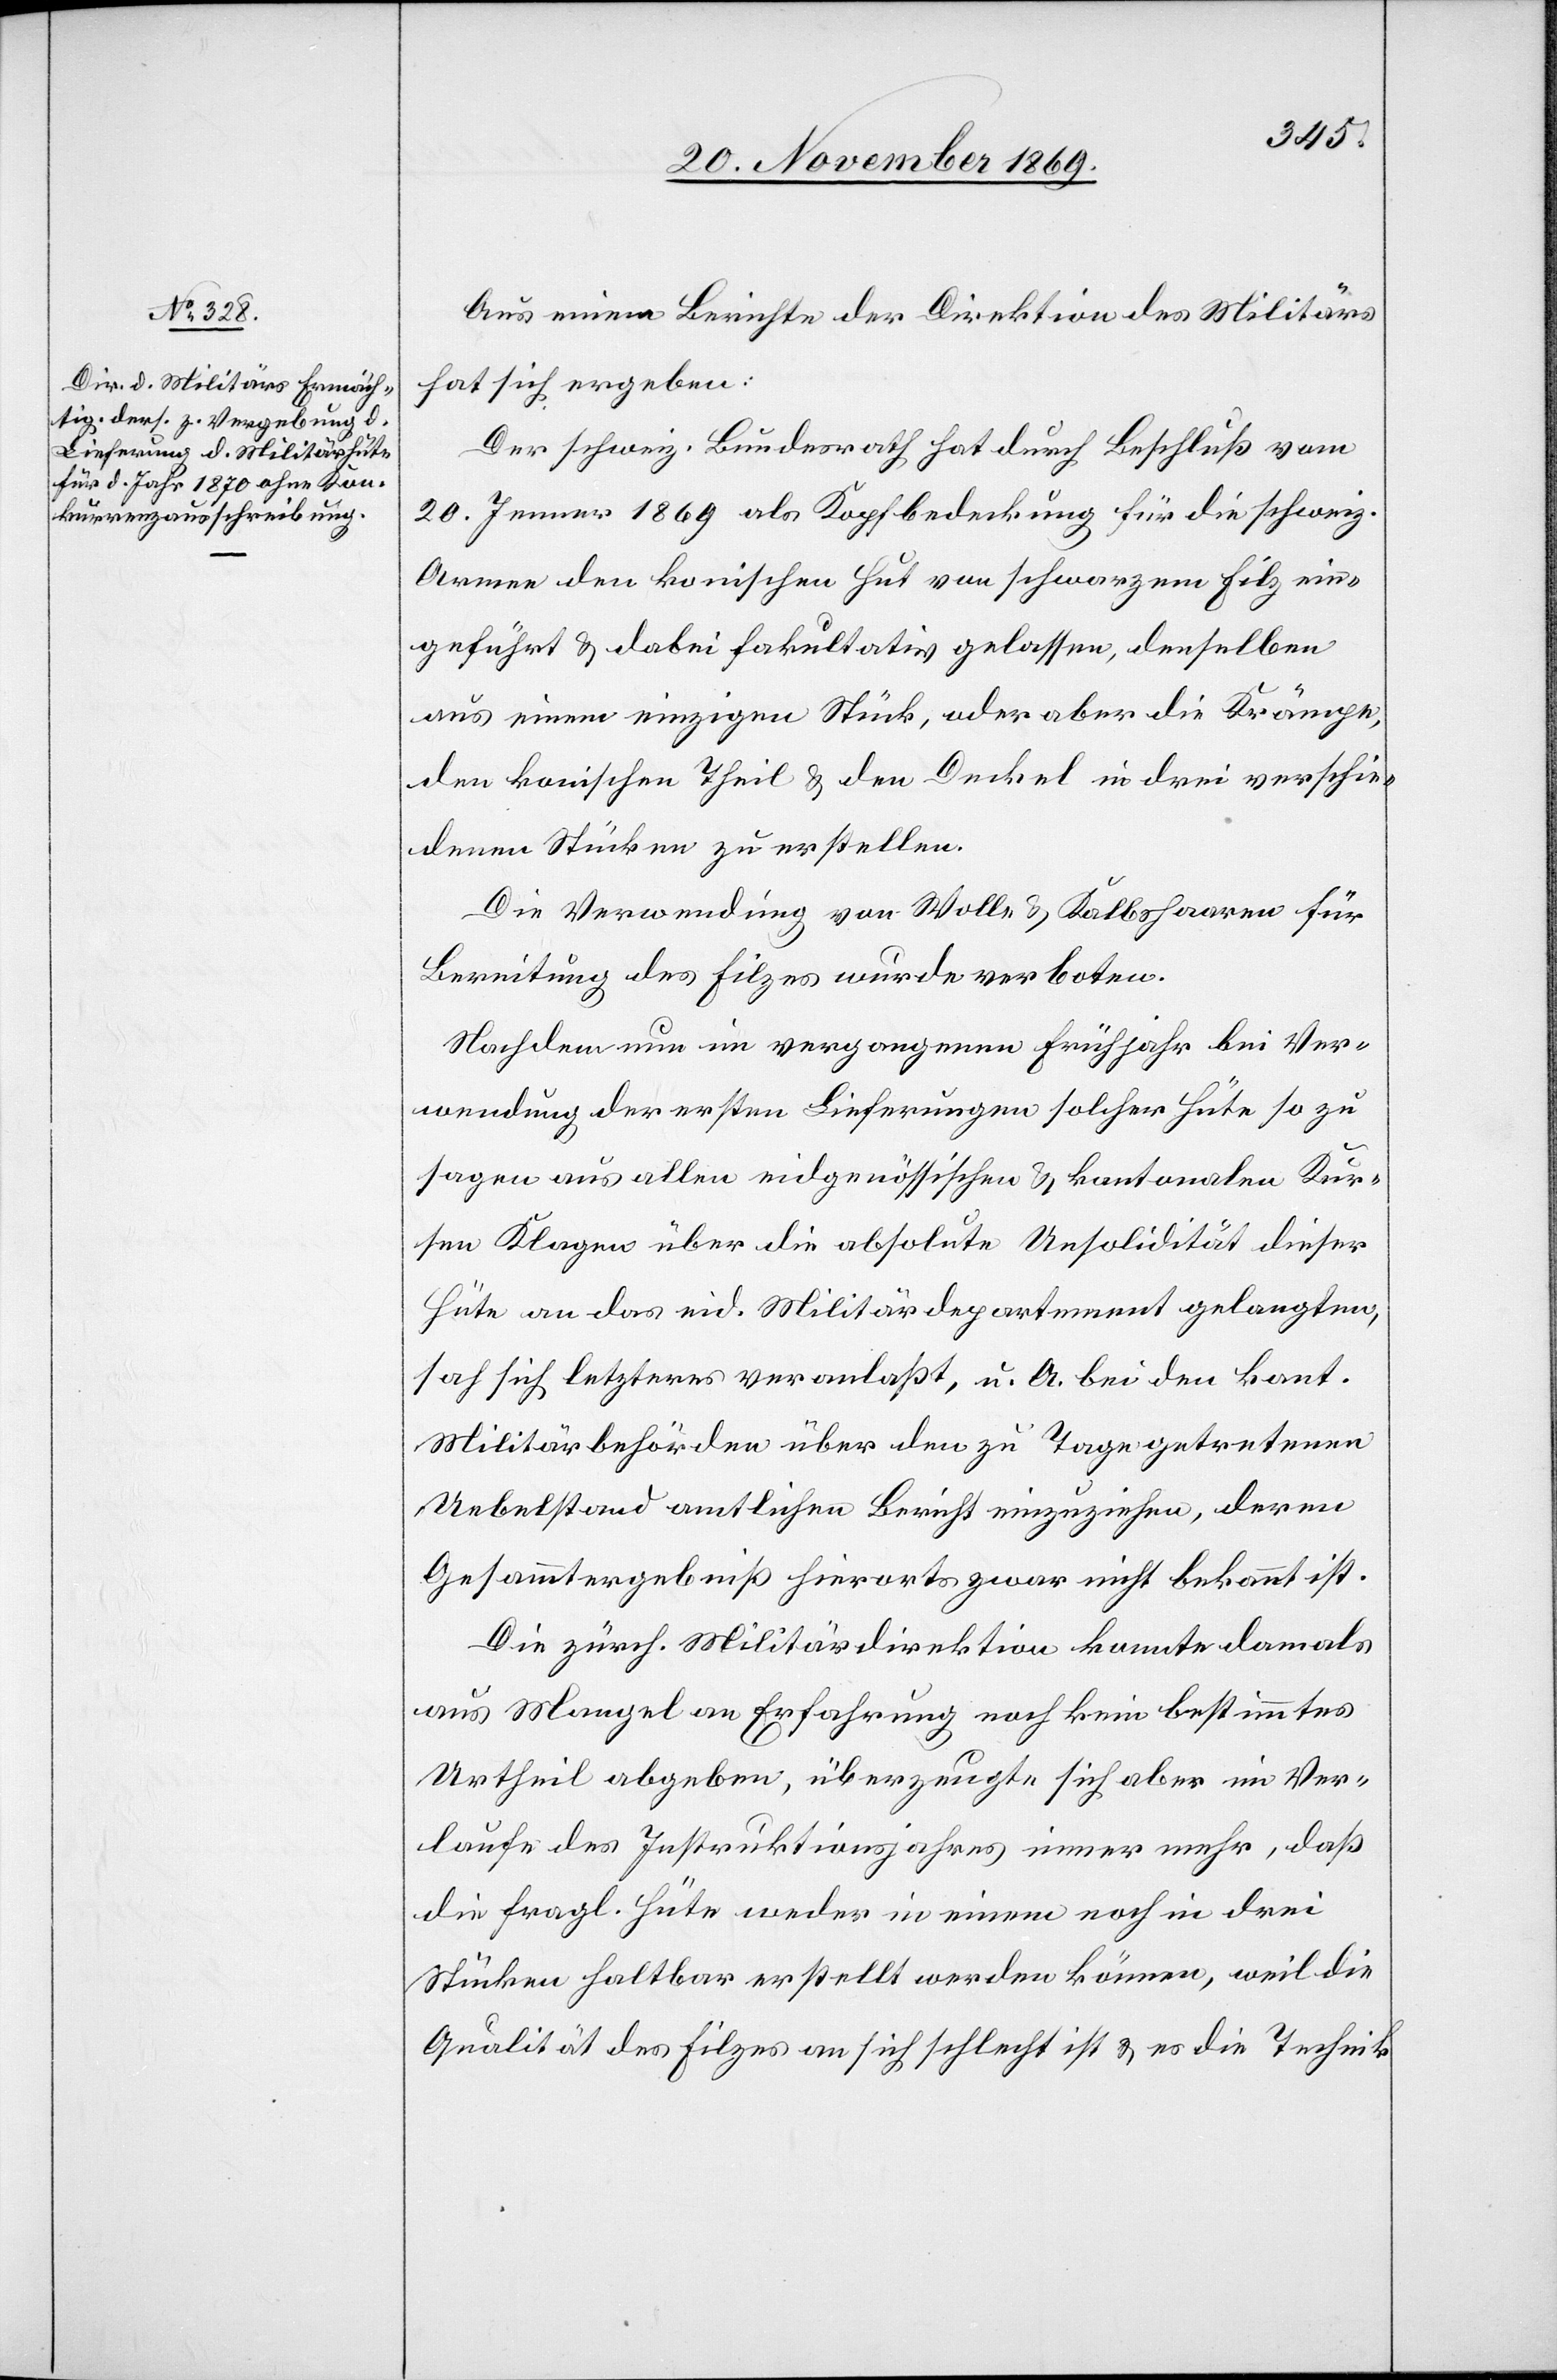
Aus einem Berichte der Direktion des Militärs
hat sich ergeben:
Der schweiz. Bundesrath hat durch Beschluß vom
20. Jenner 1869 als Kopfbedeckung für die schweiz.
Armee den konischen Hut von schwarzem Filz ein¬
geführt & dabei fakultativ gelassen, denselben
aus einem einzigen Stück, oder aber die Krämpe,
den konischen Theil & den Deckel in drei verschie¬
denen Stücken zu erstellen.
Die Verwendung von Wolle & Kalbshaaren für
Bereitung des Filzes wurde verboten.
Nachdem nun im vergangenen Frühjahr bei Ver¬
wendung der ersten Lieferungen solcher Hüte so zu
sagen aus allen eidgenössischen & kantonalen Kur¬
sen Klagen über die absolute Unsolidität dieser
Hüte an das eid. Militärdepartement gelangten,
sah sich letzteres veranlaßt, u. A. bei den kant.
Militärbehörden über den zu Tage getretenen
Uebelstand amtlichen Bericht einzuziehen, deren
Gesammtergebniß hierorts zwar nicht bekannt ist.
Die zürch. Militärdirektion konnte damals
aus Mangel an Erfahrung noch kein bestimmtes
Urtheil abgeben, überzeugte sich aber im Ver¬
laufe des Instruktionsjahres immer mehr, daß
die fragl. Hüte weder in einem noch in drei
Stücken haltbar erstellt werden können, weil die
Qualität des Filzes an sich schlecht ist & es die Technik